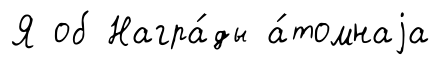
Я об Награ́ды а́томнаjа